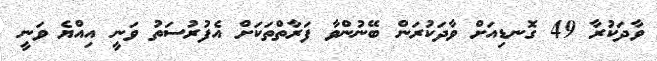
ވާދަކުރާ 49 ގޮނޑިއަށް ވާދަކުރަން ބޭނުންވާ ފަރާތްތަކަށް އެފުރުސަތު ވަނީ އިއްޔެ ވަނީ